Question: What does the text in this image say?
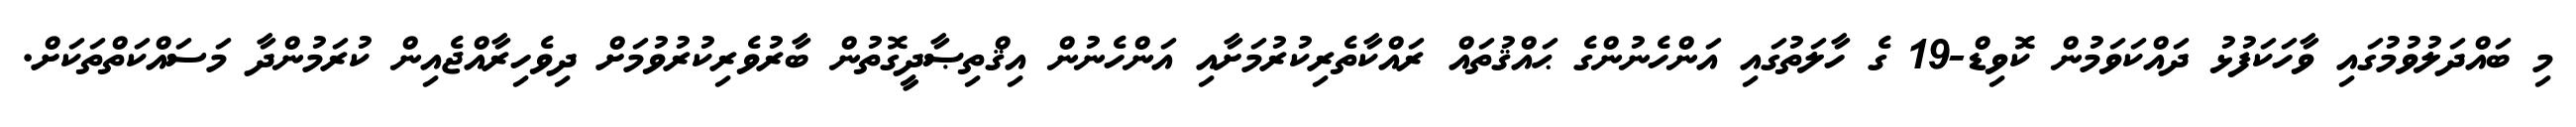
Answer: މި ބައްދަލުވުމުގައި ވާހަކަފުޅު ދައްކަވަމުން ކޮވިޑް-19 ގެ ހާލަތުގައި އަންހެނުންގެ ޙައްޤުތައް ރައްކާތެރިކުރުމަށާއި އަންހެނުން އިޤްތިޞާދީގޮތުން ބާރުވެރިކުރުވުމަށް ދިވެހިރާއްޖެއިން ކުރަމުންދާ މަސައްކަތްތަކަށް.